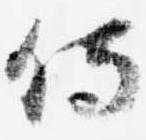
侍